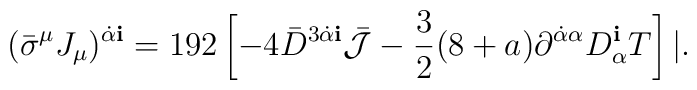
({\bar \sigma}^\mu J_\mu)^{\dot\alpha {\mathbf i}} =192 \left[ -4 {\bar D}^{3\dot\alpha {\mathbf i}}{\bar{\cal J}} -\frac{3}{2} (8+a) \partial^{\dot\alpha\alpha} D_\alpha^{\mathbf i}T \right] | .